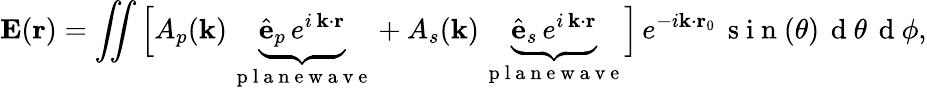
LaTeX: \mathbf{E}(\mathbf{r})=\iint\Big[A_{p}(\mathbf{k})\, \underbrace{\hat{\mathbf{e}}_{p}\, e^{i\, \mathbf{k}\cdot\mathbf{r}}}_{\mathrm{~p~l~a~n~e~w~a~v~e~}}+A_{s}(\mathbf{k})\, \underbrace{\hat{\mathbf{e}}_{s}\, e^{i\, \mathbf{k}\cdot\mathbf{r}}}_{\mathrm{~p~l~a~n~e~w~a~v~e~}}\Big]\, e^{-i\mathbf{k}\cdot\mathbf{r}_{0}}\, \mathrm{~s~i~n~}(\theta)\, \mathrm{~d~}\theta\, \mathrm{~d~}\phi,